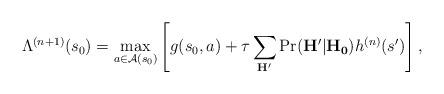
LaTeX: \begin{align*}\Lambda^{(n+1)}(s_0) = \max_{a\in \mathcal{A}(s_0)}\left[ g(s_0, a) + \tau\sum_{ \mathbf{H}'} \mathrm{Pr} (\mathbf{H}'|\mathbf{H_0})h^{(n)}(s')\right], \end{align*}